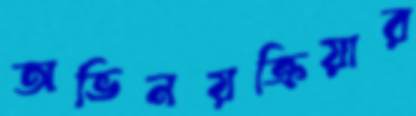
অভিনয়ক্রিয়ার